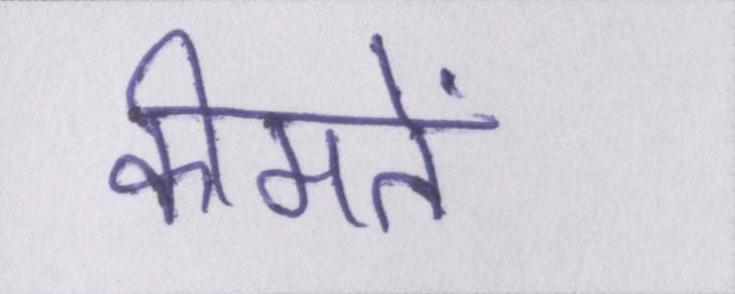
कीमतें